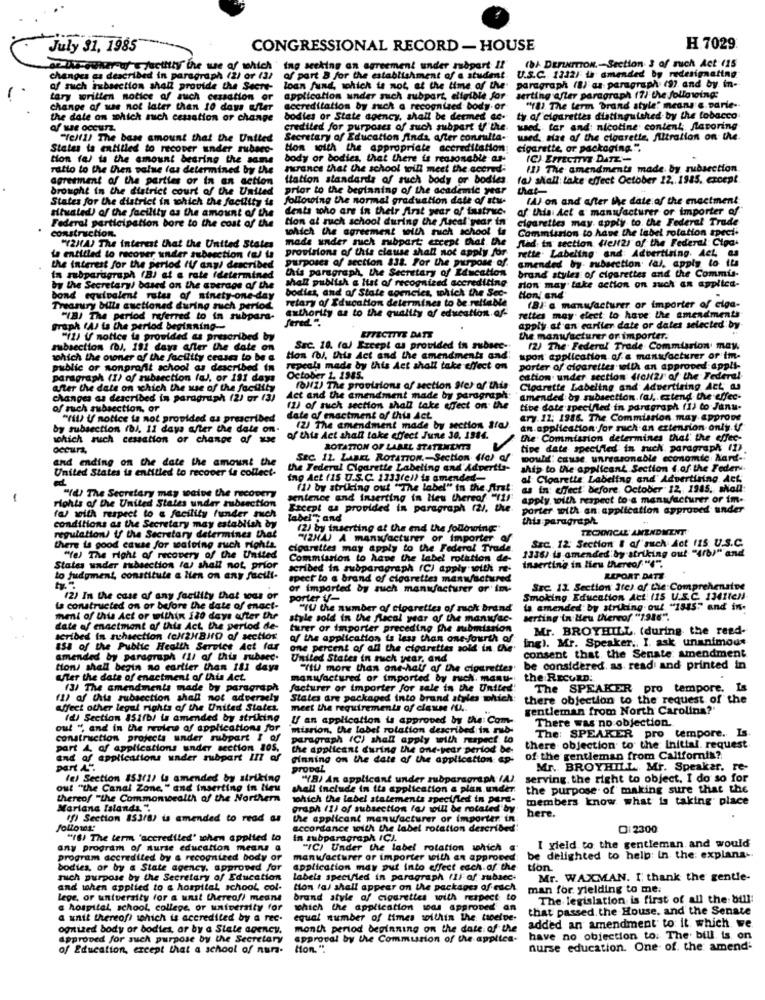
July 31, 1985
CONGRESSIONAL RECORD - HOUSE
H.7029.
(8) DEFINITION .- Section 3 of ruch Act (15
ciltly the we af which ' ing seeking an agreement under såpart !!
of part 3 for the establishment of a student U.S.C. 1312) th amended by redesignating
changes as described in paragraph (2) or (3/
of such ixbsection shall provide the Secre-
loan fund, which is not at the time of the
paragraph (8) as paragraph (9) and by in-
tary written notice of such cessation or
application under such subpart, eligible for
serting after paragraph (7) the following:
change af was not later than 10 days after
accreditation by mich a recognized body or
"Ya). The term brand style" means a parte-
the date on which sich cessation or change
bodies or State agency, shall be deemed ce-
ty of cigarettes distinguished by the tobacco
af we occurz.
credited for purposes of such subpart if the.
wed tar and nicotine content, flavoring
"Tell !! The base amount that the United
Secretary of Education Ainda, after consulta.
wed, Hat of the cloarette, filtration on the.
States is entitled to recover under subsec-
Hon with the appropriate accreditation
cigarette, or packaging.",
tion fa) is the amount bearing the same body or bodies, that there is reasonable ar-
(C) EFFECTIVE DATE-
ratto to the Chen value (as determined by the
france that the school toill meet the acered-
(1) The amendments made by subsection
agreement of the parties or in an action
Itation standards of such body or bodies
(a) shall take effect October 12. 1945, except
brought in the district court of the United
prior to the beginning of the academic year
that-
States for the district in which the facility is
following the normal graduation date of stu-
WAJ on and after the date of the enactment
dents who are in their Arst year of instruc.
af this Act & manufacturer or importer of
diated) of the facility as the amount of the
al participation bore to the cost of the
Hon al such school during the fiscal year in
cigarettes may apply to the Federal Trade
construction.
which the agreement with mich school is
Commission to have the label rotation spect.
mads under much ribpart; except that, the
flad: in section Helt2) of the Federal: Cipa-
"(2HA) The interest that the United States
provisions of this clause shall not apply for.
is entitled to recover under subesction (u) ta
Purposes of section 83t. For the purpose of.
rette. Labeling and Advertising. Act as
amended by- subsection dal, apply to its
the interest for the period (V ang/ described
this paragraph, the Secretary of Education
brand styles of cigarettes and the Commis-
In rubparagraph (BJ at a rate idetermined
shall publish & list of recognized accrediting
by the Secretary/ based on the average of the
bodies, and af State comncies, which the Sec-
rion may take action on such an applica-
bond equivalent rates of sinety one-day
retary of Education determines to be reliable
Hon' and'
Treasury bills auctioned during such period
axthority as to the quality of education.af-
1B/ c manufacturer or importer of elga-
"IBJ The period referred to in rubpara-
fered ".
rettes may elect to have the amendments
graph (A) is the period beginning-
apply at an cariler date or dales selected by
"(1) if notice la provided as prescribed by
EFFECTIVE DATE
the manwacturer or importer.
mibsection (b), 191 days after the date on
Sac. 10. (a) Except as provided in subsec-
(2) The Federal Trade Commission may.
which the owner of the facility ceases to be a
Hon (o), this Act and the amendments and'
upon application of a manufacturer of im-
public or nonprofit school as described in
repeala made by this Act shall take effect on
porter of cigarettes with an approved appli-
paragraph (1) of subsection (a), or 191 days
October 1, 1985.
cation under section (feliz/ of the Federal
after the date on which the use of the facility
(0)1) The provisions of section Ster of this
Cloarette Labeling and Advertising Act as
changes as described in paragraph (2) or (3)
Act and the amendment made by paragraph.
amended by subsection.fal, Extend the effec-
of sich subsection, or
(2) of sich section shall take effect on the
tibe date specified in paragraph (1) to Janu-
"Yil) Uf notice is not provided as prescribed
date of enactment of this Act
ary. 12: 1986. The Commission may approve
by subsection (b). 11 days after the date on-
(2) The amendment made by section Sta
an application for such an extension only.if
which suich cessation or change of xxe
af this Act shall take effect June 30, 1984.
the Commission determines that the effec-
ROTATION OF LABEL STATEMENTS
tive date specified in much paragraph (1)
and ending on the date the amount the
SEC. 12. LABEL, ROTATION ,- Section (la) af
would: cause unreasonable economic hard-
United States is entitled to recover ia collect-
the Federal Cigarette Labeling and' Adpertis-
ship to the applicant Section {.of the Feder
ing Act (15 U.S.C. 1333(e)) is amended-
al Cigarette Labeling and Advertising Ack
"d) The Secretary may weins the recovery
(1) by striking out "The label" in the first:
as in effect before October 12 1945, shall
-
sentence and inserting in lieu thereof "11/
apply with respect to a manufacturer or im.
Hohis of the United States under subsection
Except as provided in paragraph (2), the.
porter with an application approved under
conditions as the Secretary may establish by
fa) with respect to a facility funder mich
label", and
this paragraph
(2) by inserting at the end the following"
TECHNICAL AMENDMENT
regulation) if the Secretary determines that
"(2NA) A manufacturer or importer of
Ssc. 12: Section & of such Act 115 U.S.C.
there is good cause for waloing such rights.
cigarettes may apply to the Federal Trade.
1336) is amended by striking out "A/b/" and
"fe) The right of recovery of the United
Commission to have the label rotation de-
States under subsection las shall not, prior
scribed in subparagraph (C) apply with re-
Inserting in lieu thereof "(".
to judgment, constitute a lien on any facili-
spect to a brand of cigarettes manufactured
REPORT DATE
or imported by such manufacturer or im-
SEC. 11 Section Jte) of Cie Comprehensive
(2) In the case of any facility that was or
porter V/-
Smoking Education Act: 115 U.S.C. 1341teN
is constructed on or before the date of enact-
"YU the number of cigarettes of such brand
la amended: by striking out "1545"" and in-
meni of this Act or within iso days after the
style sold in the Macal year of the manufac-
serting in Heu thereof "1916".
date of enactment of this Act, the period de-
turer or importer preceding the submission
Mr. BROYHILL. (during the reed-
d in suhsection (c)2HBitD of sector
af the application is less than one fourth of
ing). Mr. Speaker .. I. ask unanimous
IS8 of the Public Health Service Act far
one percent of all the cigarettes sold in the'
consent that, the Senate amendment
amended by paragraph (1/ af this ruberc.
United States in muich year, and
tion/ shall begin no earlier than 181 days
"TU more than one-half af the cigarettes
be considered. as read and printed in
Uter the date of enactment of this Act.
manufactured or imported by ruch. manu-
the RECORD:
(3) The amendments made by paragraph
facturer or importer for sale in the United!
The SPEAKER pro tempore. Is
(1) of this subsection shall not adversely
States are packaged into brand styles which:
there objection to the request of the
Affect other legal rights of the United States.
meet the requirements of classe tu ..
gentleman from North Carolina?'
(d) Section 851fb) is amended by striking
Uf an application is approved by the: Com-
There was no objection.
out " and in the review af applications for
misrion, the label rotation described in rub-
construction projects under rubpart I of
paragraph (C) shall apply with respect to
The: SPEAKER pro tempore. Is
part & af applications under section 80s.
the applicant during the one-year period be-
there objection to the Initial. request
and af applications under rubpart III af
Finning on the date of the application ap-
of the gentleman from California ?.
part A"
provaL
Mr. BROYHILL Mr. Speaker, re-
(e) Section 153(1) is amended by striking
"(B) An applicant under subparagraph (4) serving, the right to object. I do so for
out "the Canal Zone " and inserting in lieu
shall include in its application a plan under.
the purpose of making sure that the
thereof "the Commonwealth of the Northern
which the label statements specified in pare-
members know what is taking place
Mariana Islands ".
graph (1) of subsection (a) will be rotated"by
here.
(f) Section 153/8) is amended to read as
the applicant manufacturer or importer in
follows:
ich the label rotation describe
O: 2300
"IS) The term 'accredited' when applied to
in subparagraph IC).
any program of nurse education means a
"IC) Under the label rotation which
I yield to the gentleman and would
program accredited by & recognized body or
manwacturer or importer with an approved:
be delighted to help: In the: explana-
bodies, or by & State agency. approved for
application may put into effect each of the
tion
mich purpose by the Secretary of Education
labels specified in paragraph (11 af rubaec-
Mr. WAXMAN. I thank the gentle-
and when applied to & hospital school col-
tion fa) shall appear on the packages of euch.
man for yielding to me.
lege, or university for a unit Whereof) means
brand style of cigarettes with respect to
The legislation is first of all the bull:
a hospital school, college, or university for
which the application was approved an
that passed the House, and the Senate
a unit thereof? which is accredited by a rec.
equal number of times within the tscelpe-
added an amendment to: it which we.
ogitized body of bodies, ar by a Slate agency.
month period beginning on the date of the
approved for such purpose by the Secretary
approval by the Communion of the applica-
have no objection to: The' bill. is. on
of Education, except that a school of nun-
Hon. ".
nurse education. One- of. the amend-